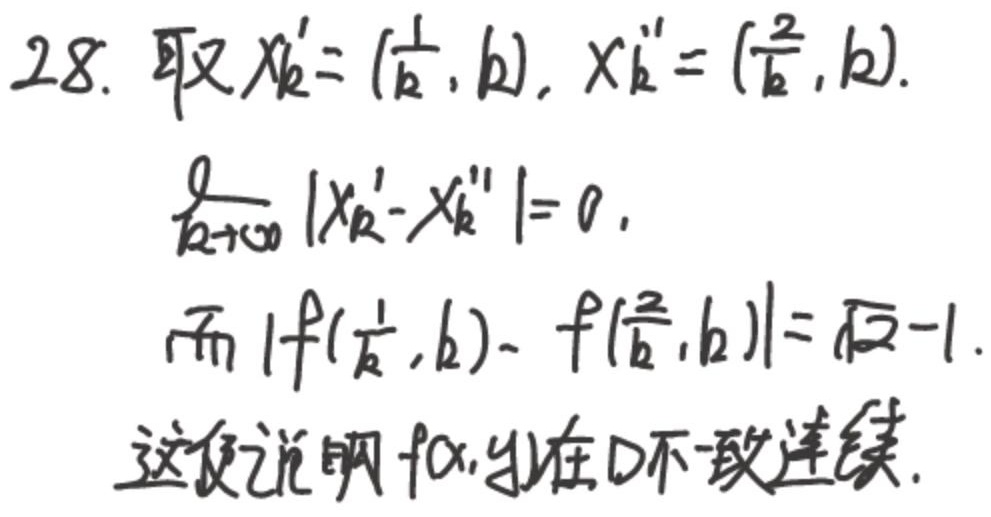
取$X_k' = (\frac{1}{k}, k)$，$X_k'' = (\frac{2}{k}, k)$。
$\lim_{k\rightarrow\infty}|X_k' - X_k''| = 0$，
而 $|f(\frac{1}{k}, k)-f(\frac{2}{k}, k)|=\sqrt{k} - 1$。
这便说明$f(x, y)$ 在$D$ 不一致连续。